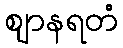
ဈာနရတံ